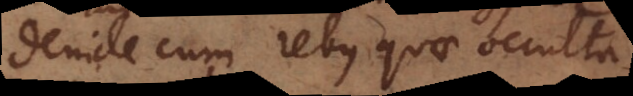
Deinde cum rebus quae occulta